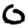
Digit: 0